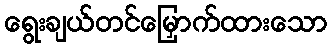
ရွေးချယ်တင်မြှောက်ထားသော